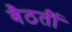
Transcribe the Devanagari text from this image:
बैठतीं